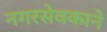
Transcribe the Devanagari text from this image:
नगरसेवकाने